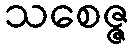
သစေဇ္ဇ